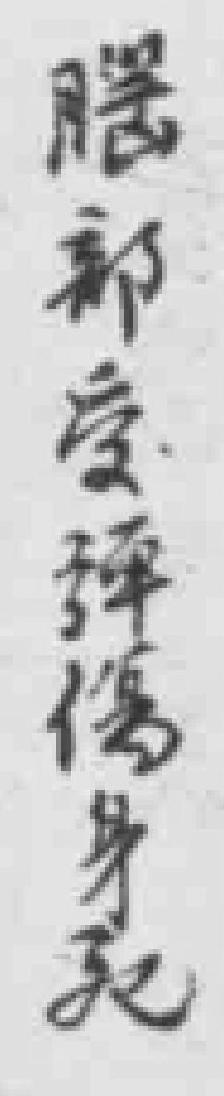
腦部受弹傷身死